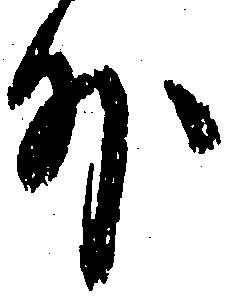
外